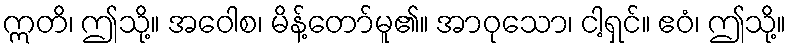
ဣတိ၊ ဤသို့။ အဝေါစ၊ မိန့်တော်မူ၏။ အာဝုသော၊ ငါ့ရှင်။ ဧဝံ၊ ဤသို့။